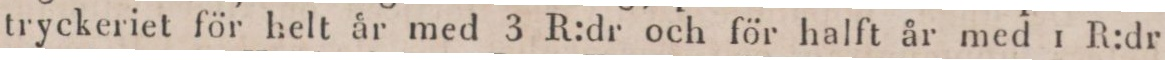
tryckeriet för helt år med 3 R:dr och för halft år med 1 R:dr